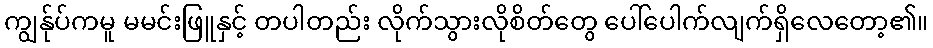
ကျွန်ုပ်ကမူ မမင်းဖြူနှင့် တပါတည်း လိုက်သွားလိုစိတ်တွေ ပေါ်ပေါက်လျက်ရှိလေတော့၏။